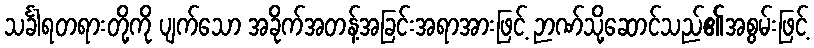
သင်္ခါရတရားတို့ကို ပျက်သော အခိုက်အတန့်အခြင်းအရာအားဖြင့် ဉာဏ်သို့ဆောင်သည်၏အစွမ်းဖြင့်